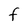
Character: F